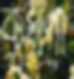
কৃপণা